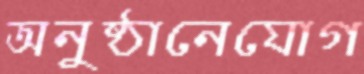
অনুষ্ঠানেযোগ